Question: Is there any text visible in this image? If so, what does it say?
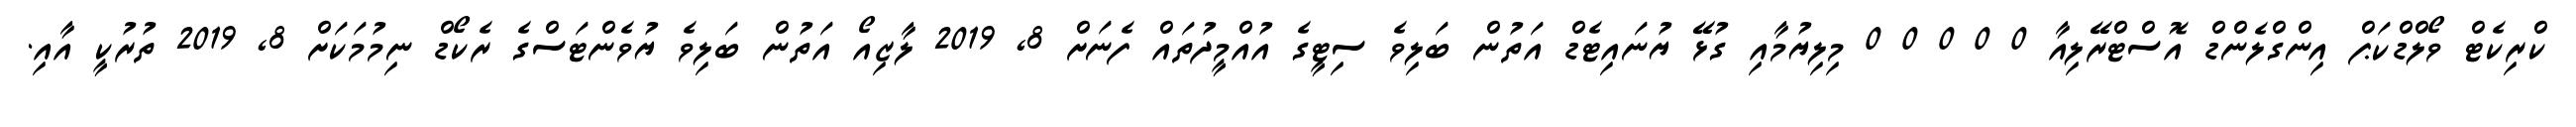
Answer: ކްރިކެޓް ވޯލްޑްކަޕް އިންގްލެންޑް އޮސްޓްރޭލިއާ 0 0 0 0 0 މިލިޔުމާއި ގުޅޭ ޔުނައިޓެޑް އަތުން ބަލިވެ ސިޓީގެ އުއްމީދުތައް ފެނަށް 8, 2019 ލާޒިއޯ އަތުން ބަލިވެ ޔުވެންޓަސްގެ ރެކޯޑް ނިމުމަކަށް 8, 2019 ތުރުކީ އާއި.